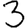
Digit: 3